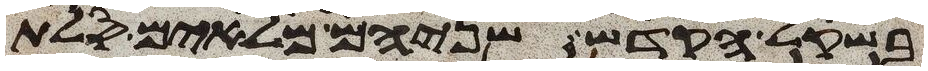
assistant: בשקל הקדש שניהם מלאים סלת